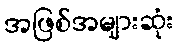
အဖြစ်အများဆုံး